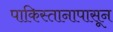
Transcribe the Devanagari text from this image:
पाकिस्तानापासून